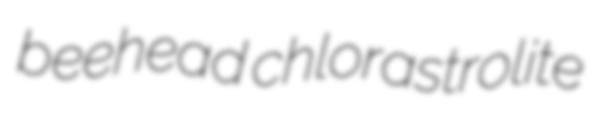
beehead chlorastrolite